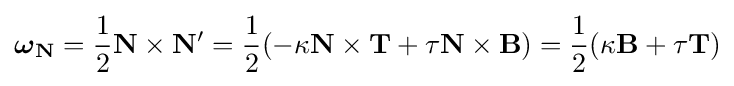
{\boldsymbol {\omega }}_{\mathbf {N} }={1 \over 2}\mathbf {N} \times \mathbf {N'} ={1 \over 2}(-\kappa \mathbf {N} \times \mathbf {T} +\tau \mathbf {N} \times \mathbf {B} )={1 \over 2}(\kappa \mathbf {B} +\tau \mathbf {T} )